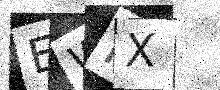
Text: EWMX